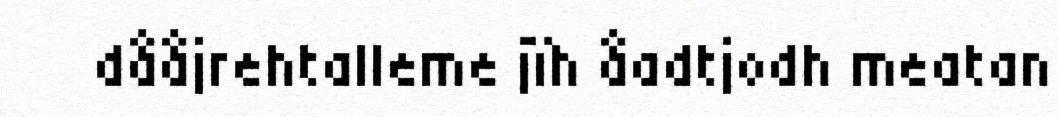
dååjrehtalleme jïh åadtjodh meatan